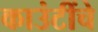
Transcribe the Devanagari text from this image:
काउंटींचे